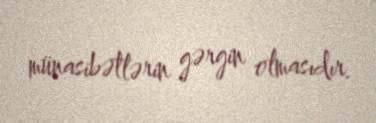
münasibətlərin gərgin olmasıdır.